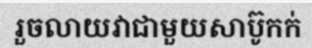
រួចលាយវាជាមួយសាប៊ូកក់